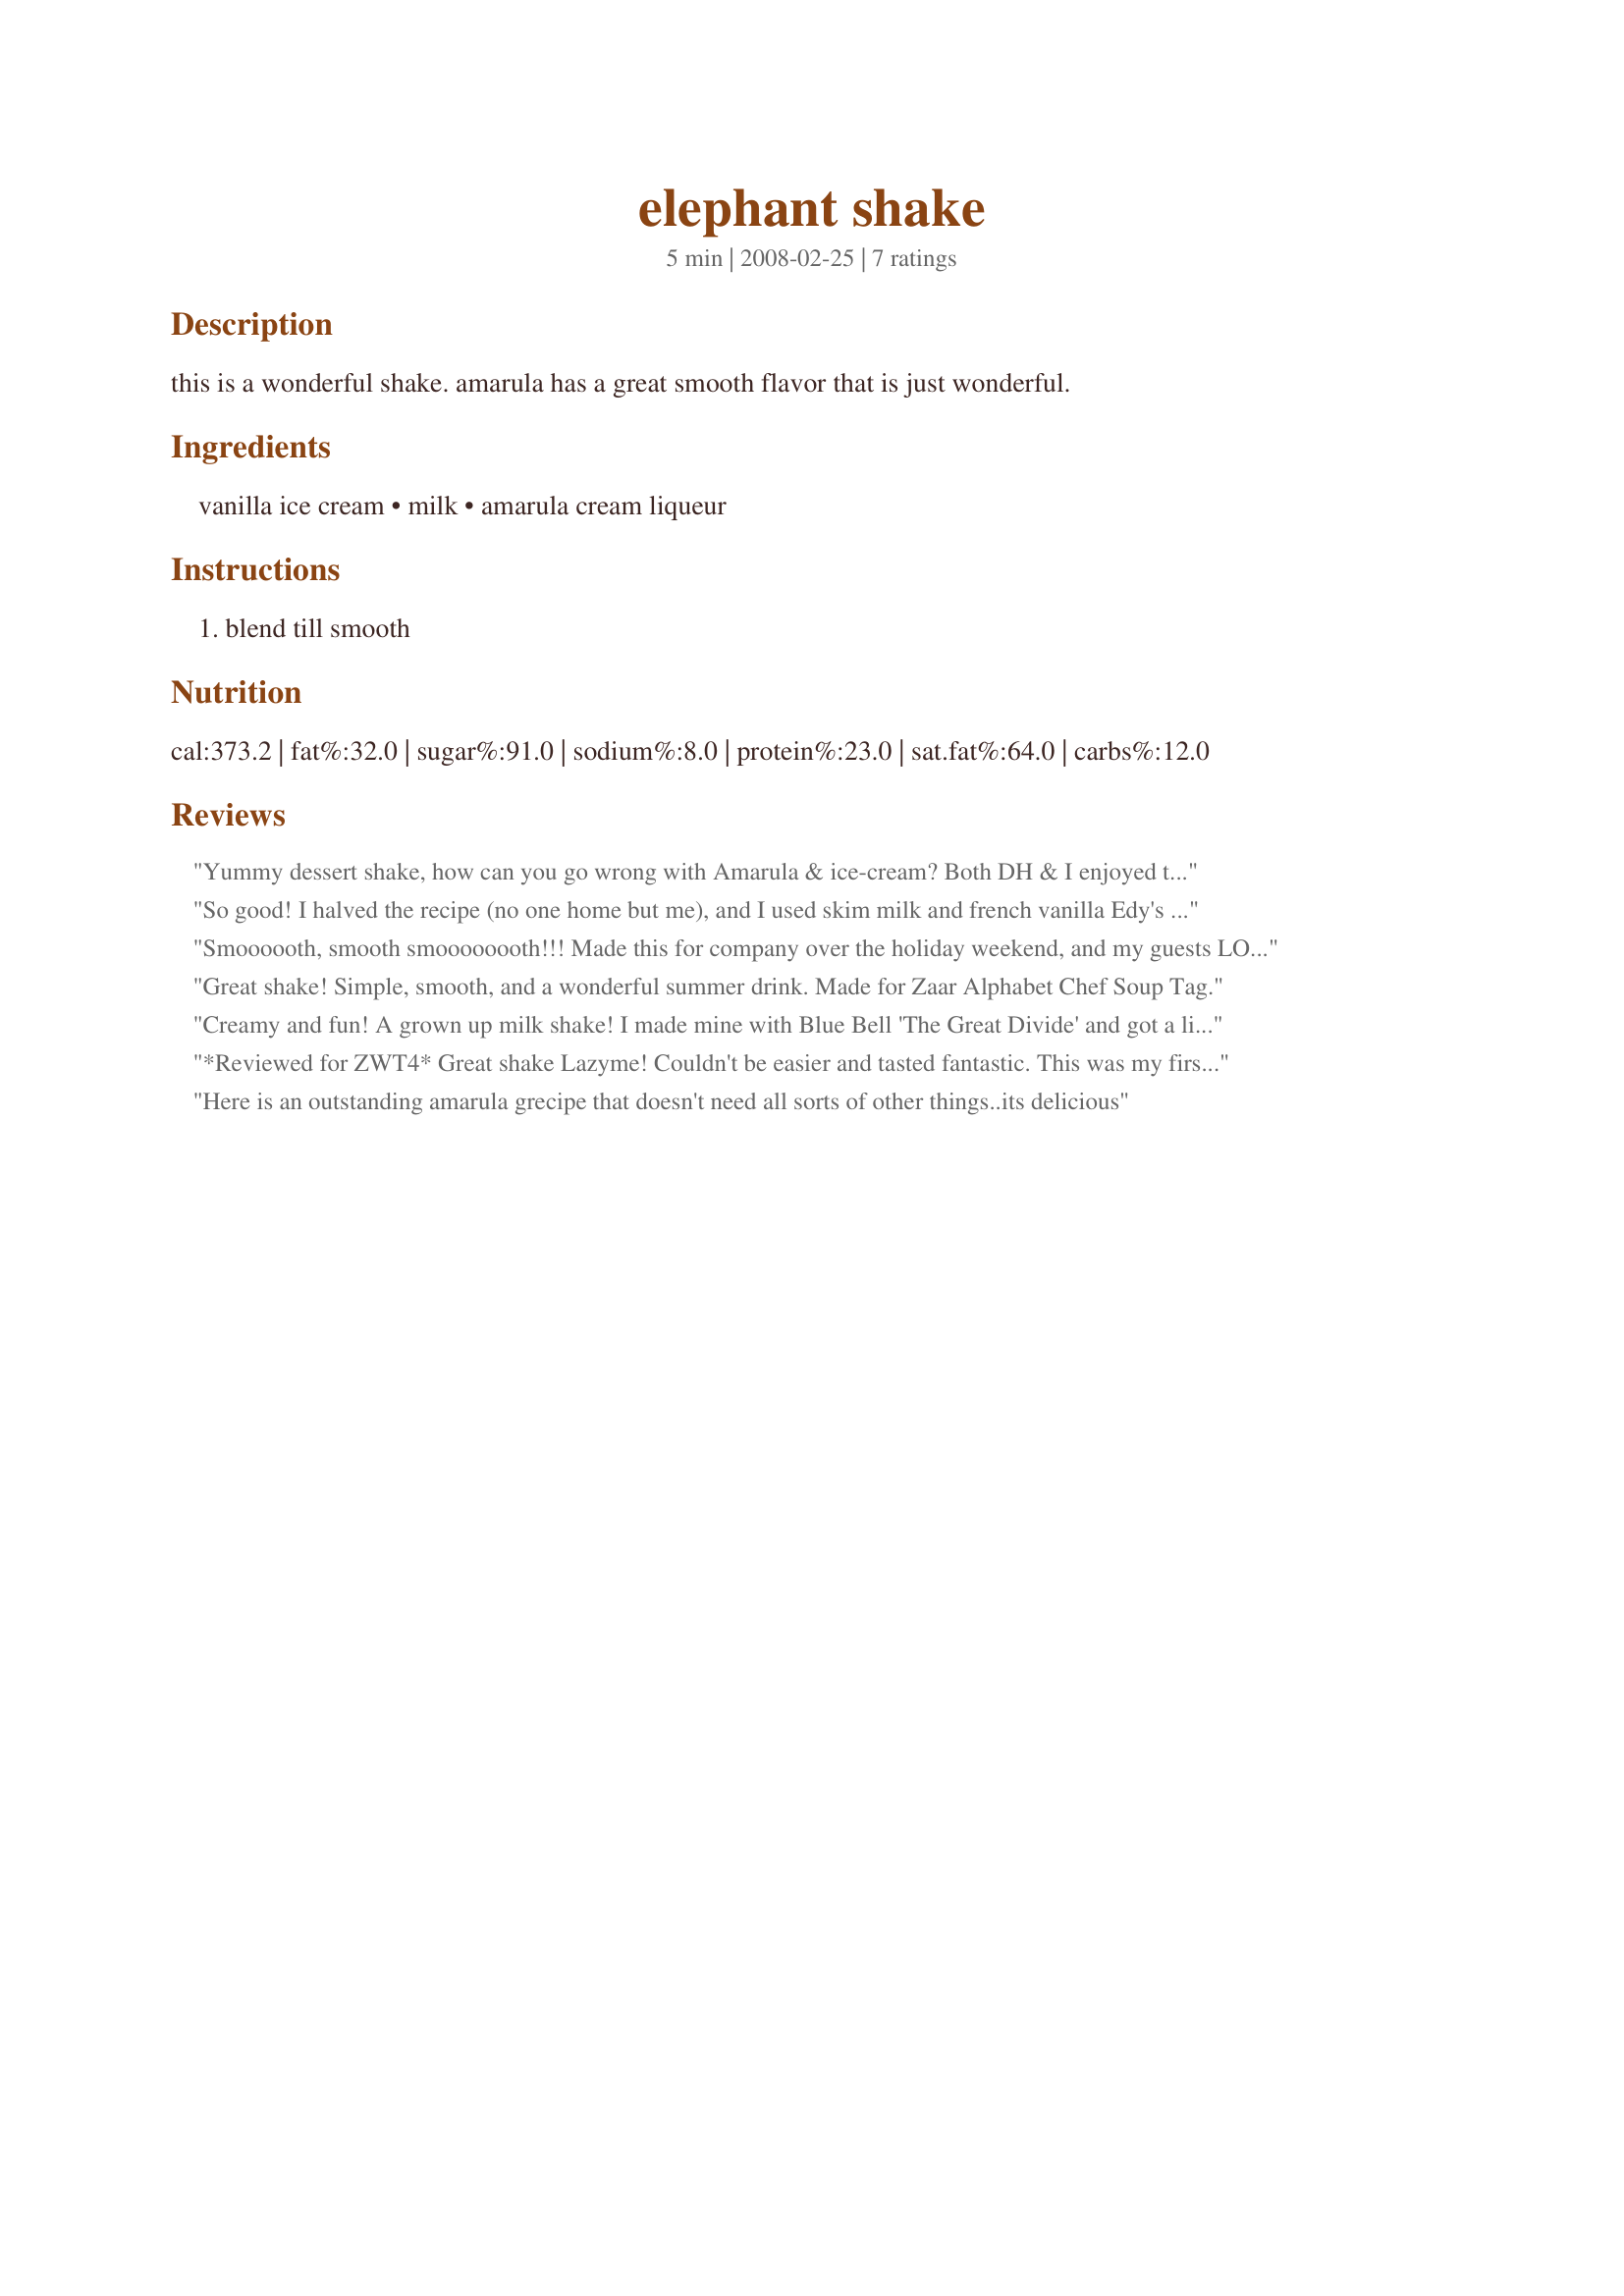
elephant shake
Preparation time: 5 minutes

this is a wonderful shake. amarula has a great smooth flavor that is just wonderful.

Ingredients:
vanilla ice cream, milk, amarula cream liqueur

Steps:
blend till smooth

Reviews:
Yummy dessert shake, how can you go wrong with Amarula & ice-cream? Both DH & I enjoyed this. Made for ZWT 4.
So good! I halved the recipe (no one home but me), and I used skim milk and french vanilla Edy's Grand Light ice cream (what I had on hand). It was great with the more diet-friendly ingredients, but I bet the full fat version is positively decadent. Thanks for posting! Made for ZWT4
Smoooooth, smooth smoooooooth!!! Made this for company over the holiday weekend, and my guests LOVED it!!!! I did add a bit more ice cream to make it thicker, probably was the ice cream, but it was HEAVENLY!!! Since I was "the bartender", I got to try the dabs left in the blender of each I made, and OMG!! LOVED it!!! Thanks so much!!!! Made for the ZWT4 :)
Great shake! Simple, smooth, and a wonderful summer drink. Made for Zaar Alphabet Chef Soup Tag.
Creamy and fun! A grown up milk shake! I made mine with Blue Bell 'The Great Divide' and got a little chocolate in with the vanilla. This was fantastic! Thanks Lazyme! *Made for ZWT*
*Reviewed for ZWT4* Great shake Lazyme! Couldn't be easier and tasted fantastic. This was my first taste of Amarula and I liked it :)
Photo also being posted
Here is an outstanding amarula grecipe that doesn't need all sorts of other things..its delicious
